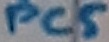
Text: PC5